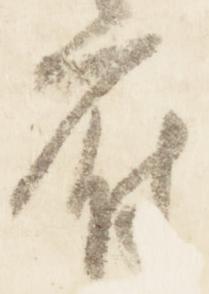
府